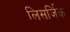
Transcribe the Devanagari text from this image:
लिसर्जिक